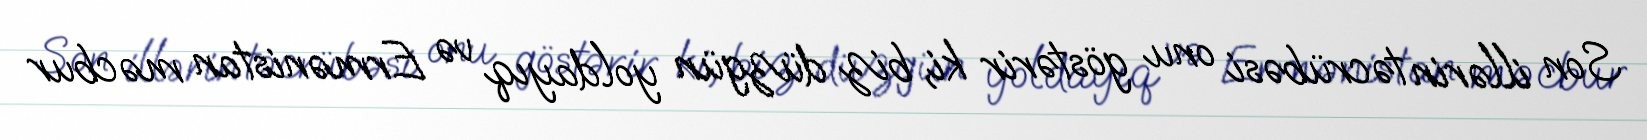
Son illərin təcrübəsi onu göstərir ki, biz düzgün yoldayıq və Ermənistan məcbur